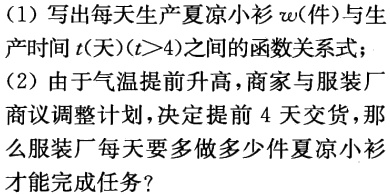
(1)写出每天生产夏凉小衫\(w\)(件)与生

产时间\(t\)(天)\((t > 4)\)之间的函数关系式；

(2)由于气温提前升高，商家与服装厂

商议调整计划，决定提前\(4\)天交货，那

么服装厂每天要多做多少件夏凉小衫

才能完成任务？